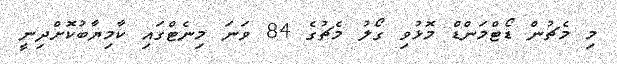
މި މެޗުން ޑޯޓްމަންޑް މޮޅުވި ގޯލު މެޗުގެ 84 ވަނަ މިނެޓްގައި ކާމިޔާބުކޮށްދިނީ